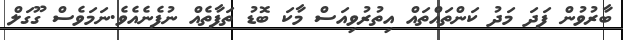
ބާރުވުން ފަދަ މަދު ކަންތައްތައް އިތުރުވިއަސް މާކަ ބޮޑު ތަފާތެއް ނުފެނެއެވެ.ނަމަވެސް ގޫގަލް